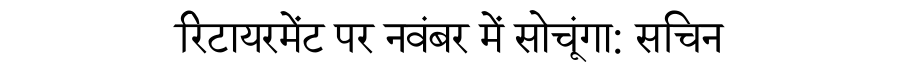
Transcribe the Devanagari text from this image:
रिटायरमेंट पर नवंबर में सोचूंगा: सचिन